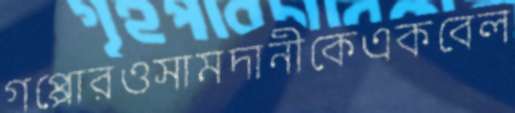
গপ্পোরওসামদানীকেএকবেল